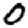
Digit: 0